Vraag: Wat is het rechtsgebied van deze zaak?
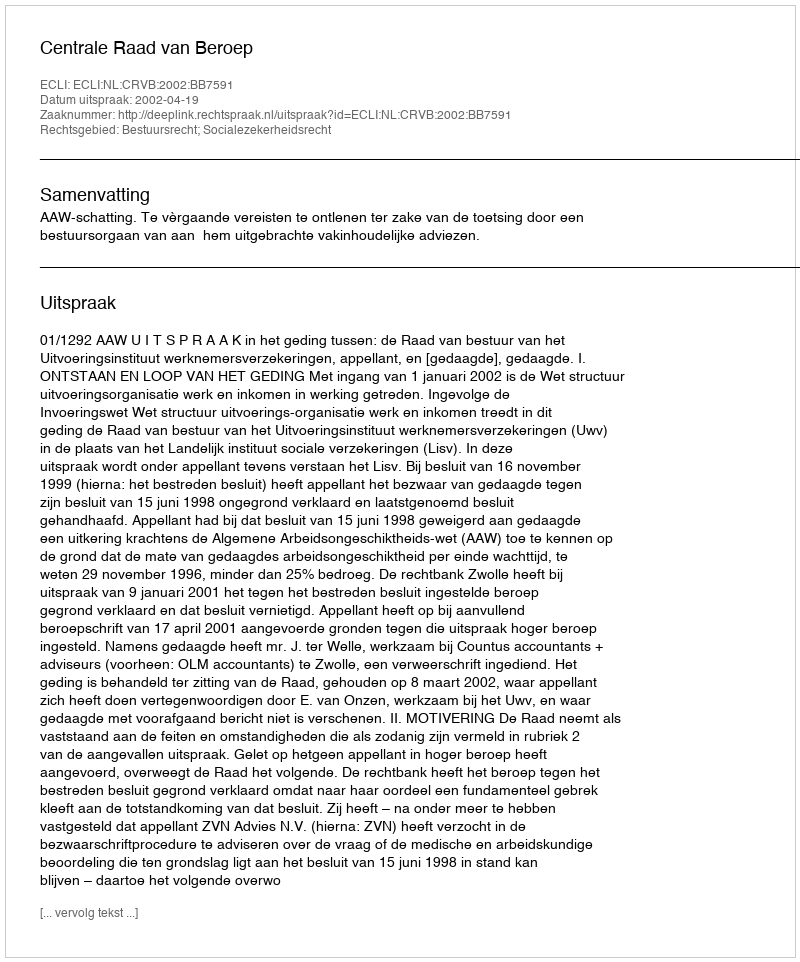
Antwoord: Bestuursrecht; Socialezekerheidsrecht